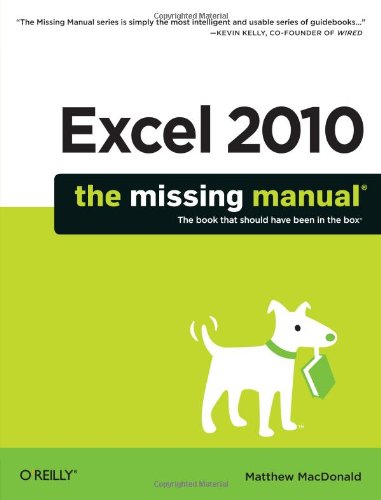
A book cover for Excel 2010: The Missing Manual; Matthew MacDonald; Computers & Technology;